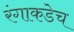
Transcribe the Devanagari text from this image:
रंगाकडेच